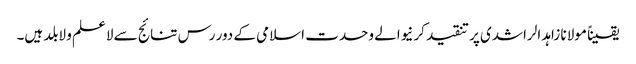
یقیناً مولانا زاہد الراشدی پر تنقید کرنیوالے وحدت اسلامی کے دور رس تنائج سے لاعلم و لابلد ہیں۔